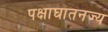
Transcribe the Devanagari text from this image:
पक्षाघातनज्य